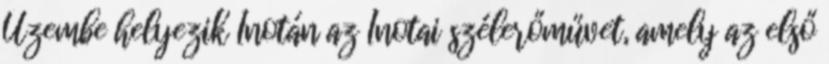
Üzembe helyezik Inotán az Inotai szélerőművet, amely az első